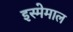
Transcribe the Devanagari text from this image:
इस्मेमाल